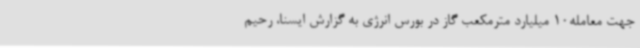
جهت معامله10 میلیارد مترمکعب گاز در بورس انرژی به گزارش ایسنا، رحیم